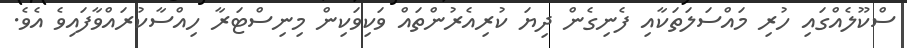
ސްކޫލެއްގައި ހުރި މައްސަލަތަކާއި ފެނިގެން ދިޔަ ކުރިއެރުންތައް ވަކިވަކިން މިނިސްޓަރާ ހިއްސާކުރައްވާފައިވެ އެވެ.